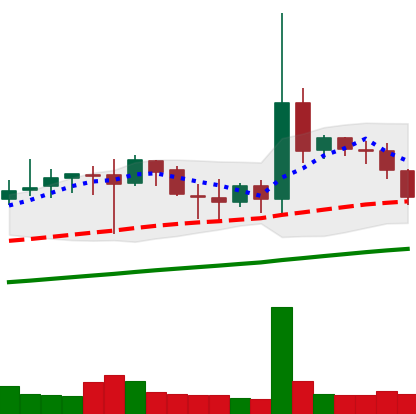
Ticker: DOGE-USD
Chart end date: 2019-07-11
Forward return: -12.889%
Label: down_7plus